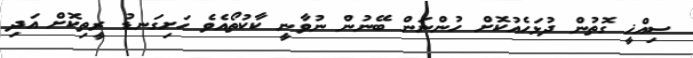
ސިއްޚީ ގޮތުން ދުޅަހެއުކޮށް ހުންނަން ބޭނުން ނުވާނީ ކާކުތޯއެވެ ހަށިގަނޑު ރީތިކޮށް އަދި